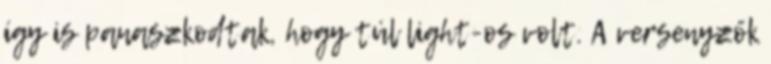
így is panaszkodtak, hogy túl light-os volt. A versenyzők